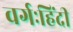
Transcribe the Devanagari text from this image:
वर्गःहिंदी